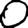
Digit: 0